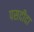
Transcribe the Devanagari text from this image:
पसदीदा